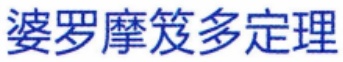
婆罗摩笈多定理